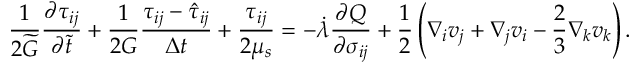
\frac { 1 } { 2 \widetilde { G } } \frac { \partial { } \tau _ { i j } } { \partial { } \widetilde { t } } + \frac { 1 } { 2 G } \frac { \tau _ { i j } - \hat { \tau } _ { i j } } { \Delta t } + \frac { \tau _ { i j } } { 2 \mu _ { s } } = - \dot { \lambda } \frac { \partial Q } { \partial \sigma _ { i j } } + \frac { 1 } { 2 } \left( \nabla _ { i } v _ { j } + \nabla _ { j } v _ { i } - \frac { 2 } { 3 } \nabla _ { k } v _ { k } \right) .